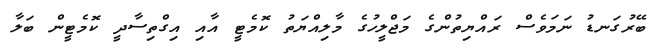
ބޭރުގަނޑު ނަމަވެސް ރައްޔިތުންގެ މަޖްލީހުގެ މާލިއްޔަތު ކޮމެޓީ އާއި އިގްތިސާދީ ކޮމެޓީން ބަލާ